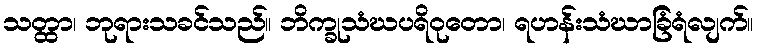
သတ္ထာ၊ ဘုရားသခင်သည်။ ဘိက္ခုသံဃပရိဝုတော၊ ရဟန်းသံဃာခြံရံလျက်။